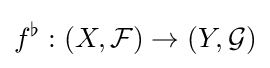
f^{\flat }:(X,{\mathcal {F}})\to (Y,{\mathcal {G}})